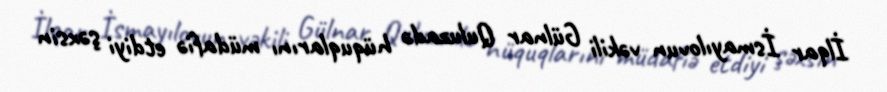
İlqar İsmayılovun vəkili Gülnar Quluzadə hüquqlarını müdafiə etdiyi şəxsin